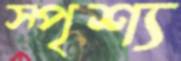
স্পৃশ্য